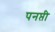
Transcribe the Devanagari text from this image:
पनप्ती